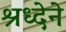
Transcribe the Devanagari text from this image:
श्रध्देने